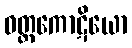
ဝတ္ထကောဋိယော